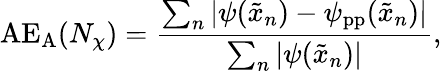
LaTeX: \mathrm{AE_{A}}(N_{\chi})=\frac{\sum_{n}\left|\psi(\tilde{x}_{n})-\psi_{\mathrm{pp}}(\tilde{x}_{n})\right|}{\sum_{n}|\psi(\tilde{x}_{n})|},